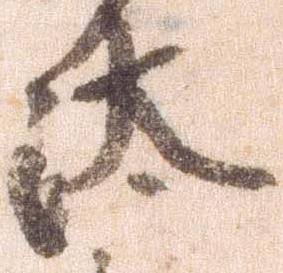
汰